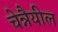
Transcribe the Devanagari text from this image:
चेन्नैयील